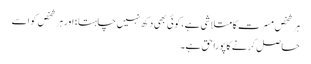
ہر شخص مسرت کا متلاشی ہے، کوئی بھی دکھ نہیں چاہتا؛ اور ہر شخص کو اسے
حاصل کرنے کا پورا حق ہے۔